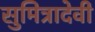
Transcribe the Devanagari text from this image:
सुमित्रादेवी